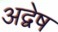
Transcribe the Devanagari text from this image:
अद्वेष